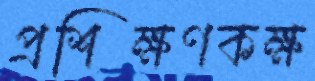
প্রশিক্ষণকক্ষ